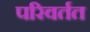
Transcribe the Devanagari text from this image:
परिवर्तत